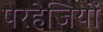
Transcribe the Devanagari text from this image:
परहेजियों